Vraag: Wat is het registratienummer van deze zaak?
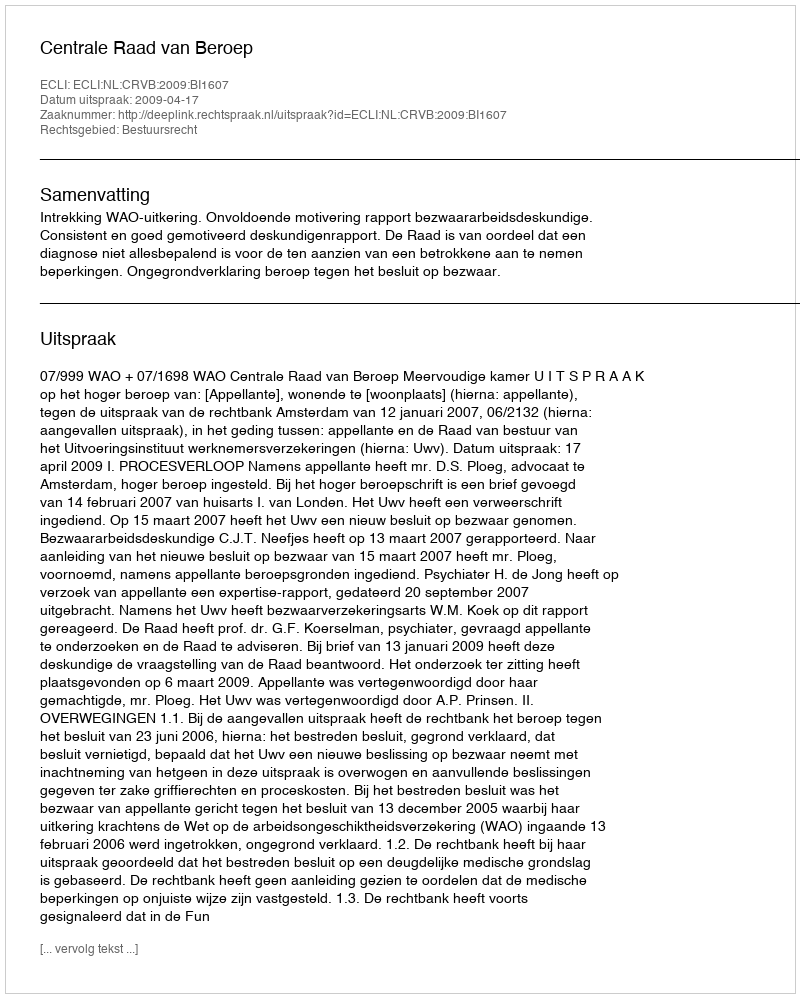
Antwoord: http://deeplink.rechtspraak.nl/uitspraak?id=ECLI:NL:CRVB:2009:BI1607